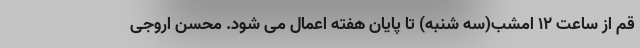
قم از ساعت ۱۲ امشب(سه شنبه) تا پایان هفته اعمال می شود. محسن اروجی